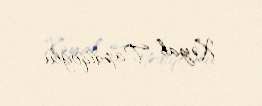
Xəyal Tapdıqoğlu